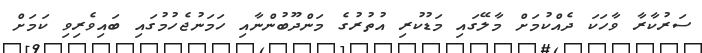
ސަރުކާރާ ވާހަކަ ދެއްކުމަށް މާލޭގައި މަޑުކުރި އުތުރުގެ މަންދޫބުންނާއި ހަމަނުޖެހުމުގައި ބައިވެރިވި ކަމަށް